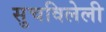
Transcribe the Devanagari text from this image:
सुचविलेली